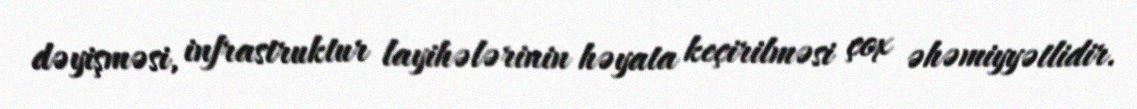
dəyişməsi, infrastruktur layihələrinin həyata keçirilməsi çox əhəmiyyətlidir.